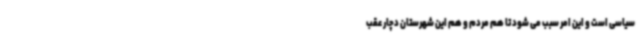
سیاسی است و این امر سبب می شود تا هم مردم و هم این شهرستان دچار عقب